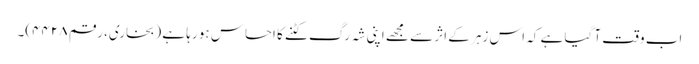
اب وقت آ گیا ہے کہ اس زہر کے اثر سے مجھے اپنی شہ رگ کٹنے کا احساس ہو رہا ہے (بخاری، رقم ۴۴۲۸)۔